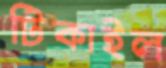
টিকাইল